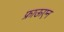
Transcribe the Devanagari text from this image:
फ्राऊएन